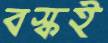
বস্কই